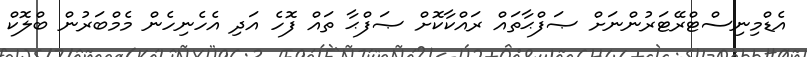
އެޑްމިނިސްޓްރޭޓަރުންނަށް ޞަފްޙާތައް ރައްކާކޮށް ޞަފްޙާ ތައް ފޮހެ އަދި އެހެނިހެން މެމްބަރުން ބްލޮކް